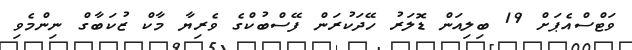
ވަޓްސްއެޕަށް 19 ބިލިއަން ޑޮލަރު ހޭދަކުރަން ފޭސްބުކްގެ ވެރިޔާ މާކް ޒުކަބާގް ނިންމެވި